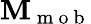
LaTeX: {\mathbf M}_{\mathrm{~m~o~b~}}